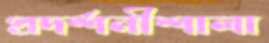
প্রদর্শনীশালা